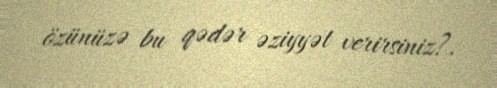
özünüzə bu qədər əziyyət verirsiniz?.